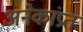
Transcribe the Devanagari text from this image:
अनेकांप्रत